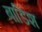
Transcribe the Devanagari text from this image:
बाडिश